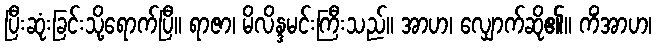
ပြီးဆုံးခြင်းသို့ရောက်ပြီ။ ရာဇာ၊ မိလိန္ဒမင်းကြီးသည်။ အာဟ၊ လျှောက်ဆို၏။ ကိံအာဟ၊